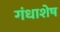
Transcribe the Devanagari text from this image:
गंधाशेष